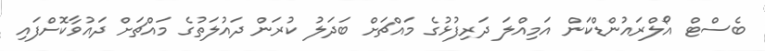
ބެސްޓް އޯލްރައުންޑްކަން އަމިއްލަ ދަރިފުޅުގެ މައްޗަށް ބަދަލު ކުރަން ދައުލަތުގެ މައްޗަށް ދައުވާކޮށްފައި